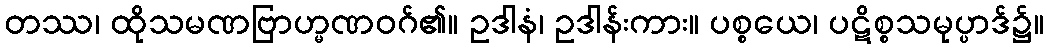
တဿ၊ ထိုသမဏဗြာဟ္မဏဝဂ်၏။ ဥဒါနံ၊ ဥဒါန်းကား။ ပစ္စယေ၊ ပဋိစ္စသမုပ္ပာဒ်၌။